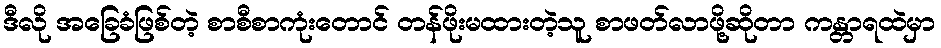
ဒီလို အခြေခံဖြစ်တဲ့ စာစီစာကုံးတောင် တန်ဖိုးမထားတဲ့သူ စာဖတ်လာဖို့ဆိုတာ ကန္တာရထဲမှာ